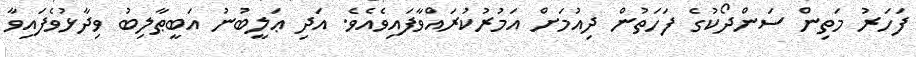
ފަހަރު މަތިން ސަންދޯކުގެ ފަހަތުން ދިއުމަށް އަމުރުކުރައްވާފައިވެއެވެ. އަދި ޢަލީބުނު އަބީޠާލިބު ވިދާޅުވެފައިވާ